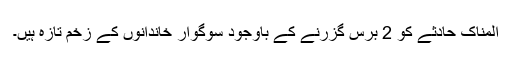
المناک حادثے کو 2 برس گزرنے کے باوجود سوگوار خاندانوں کے زخم تازہ ہیں۔